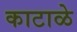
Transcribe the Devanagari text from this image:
काटाळे